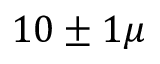
1 0 \pm 1 \mu